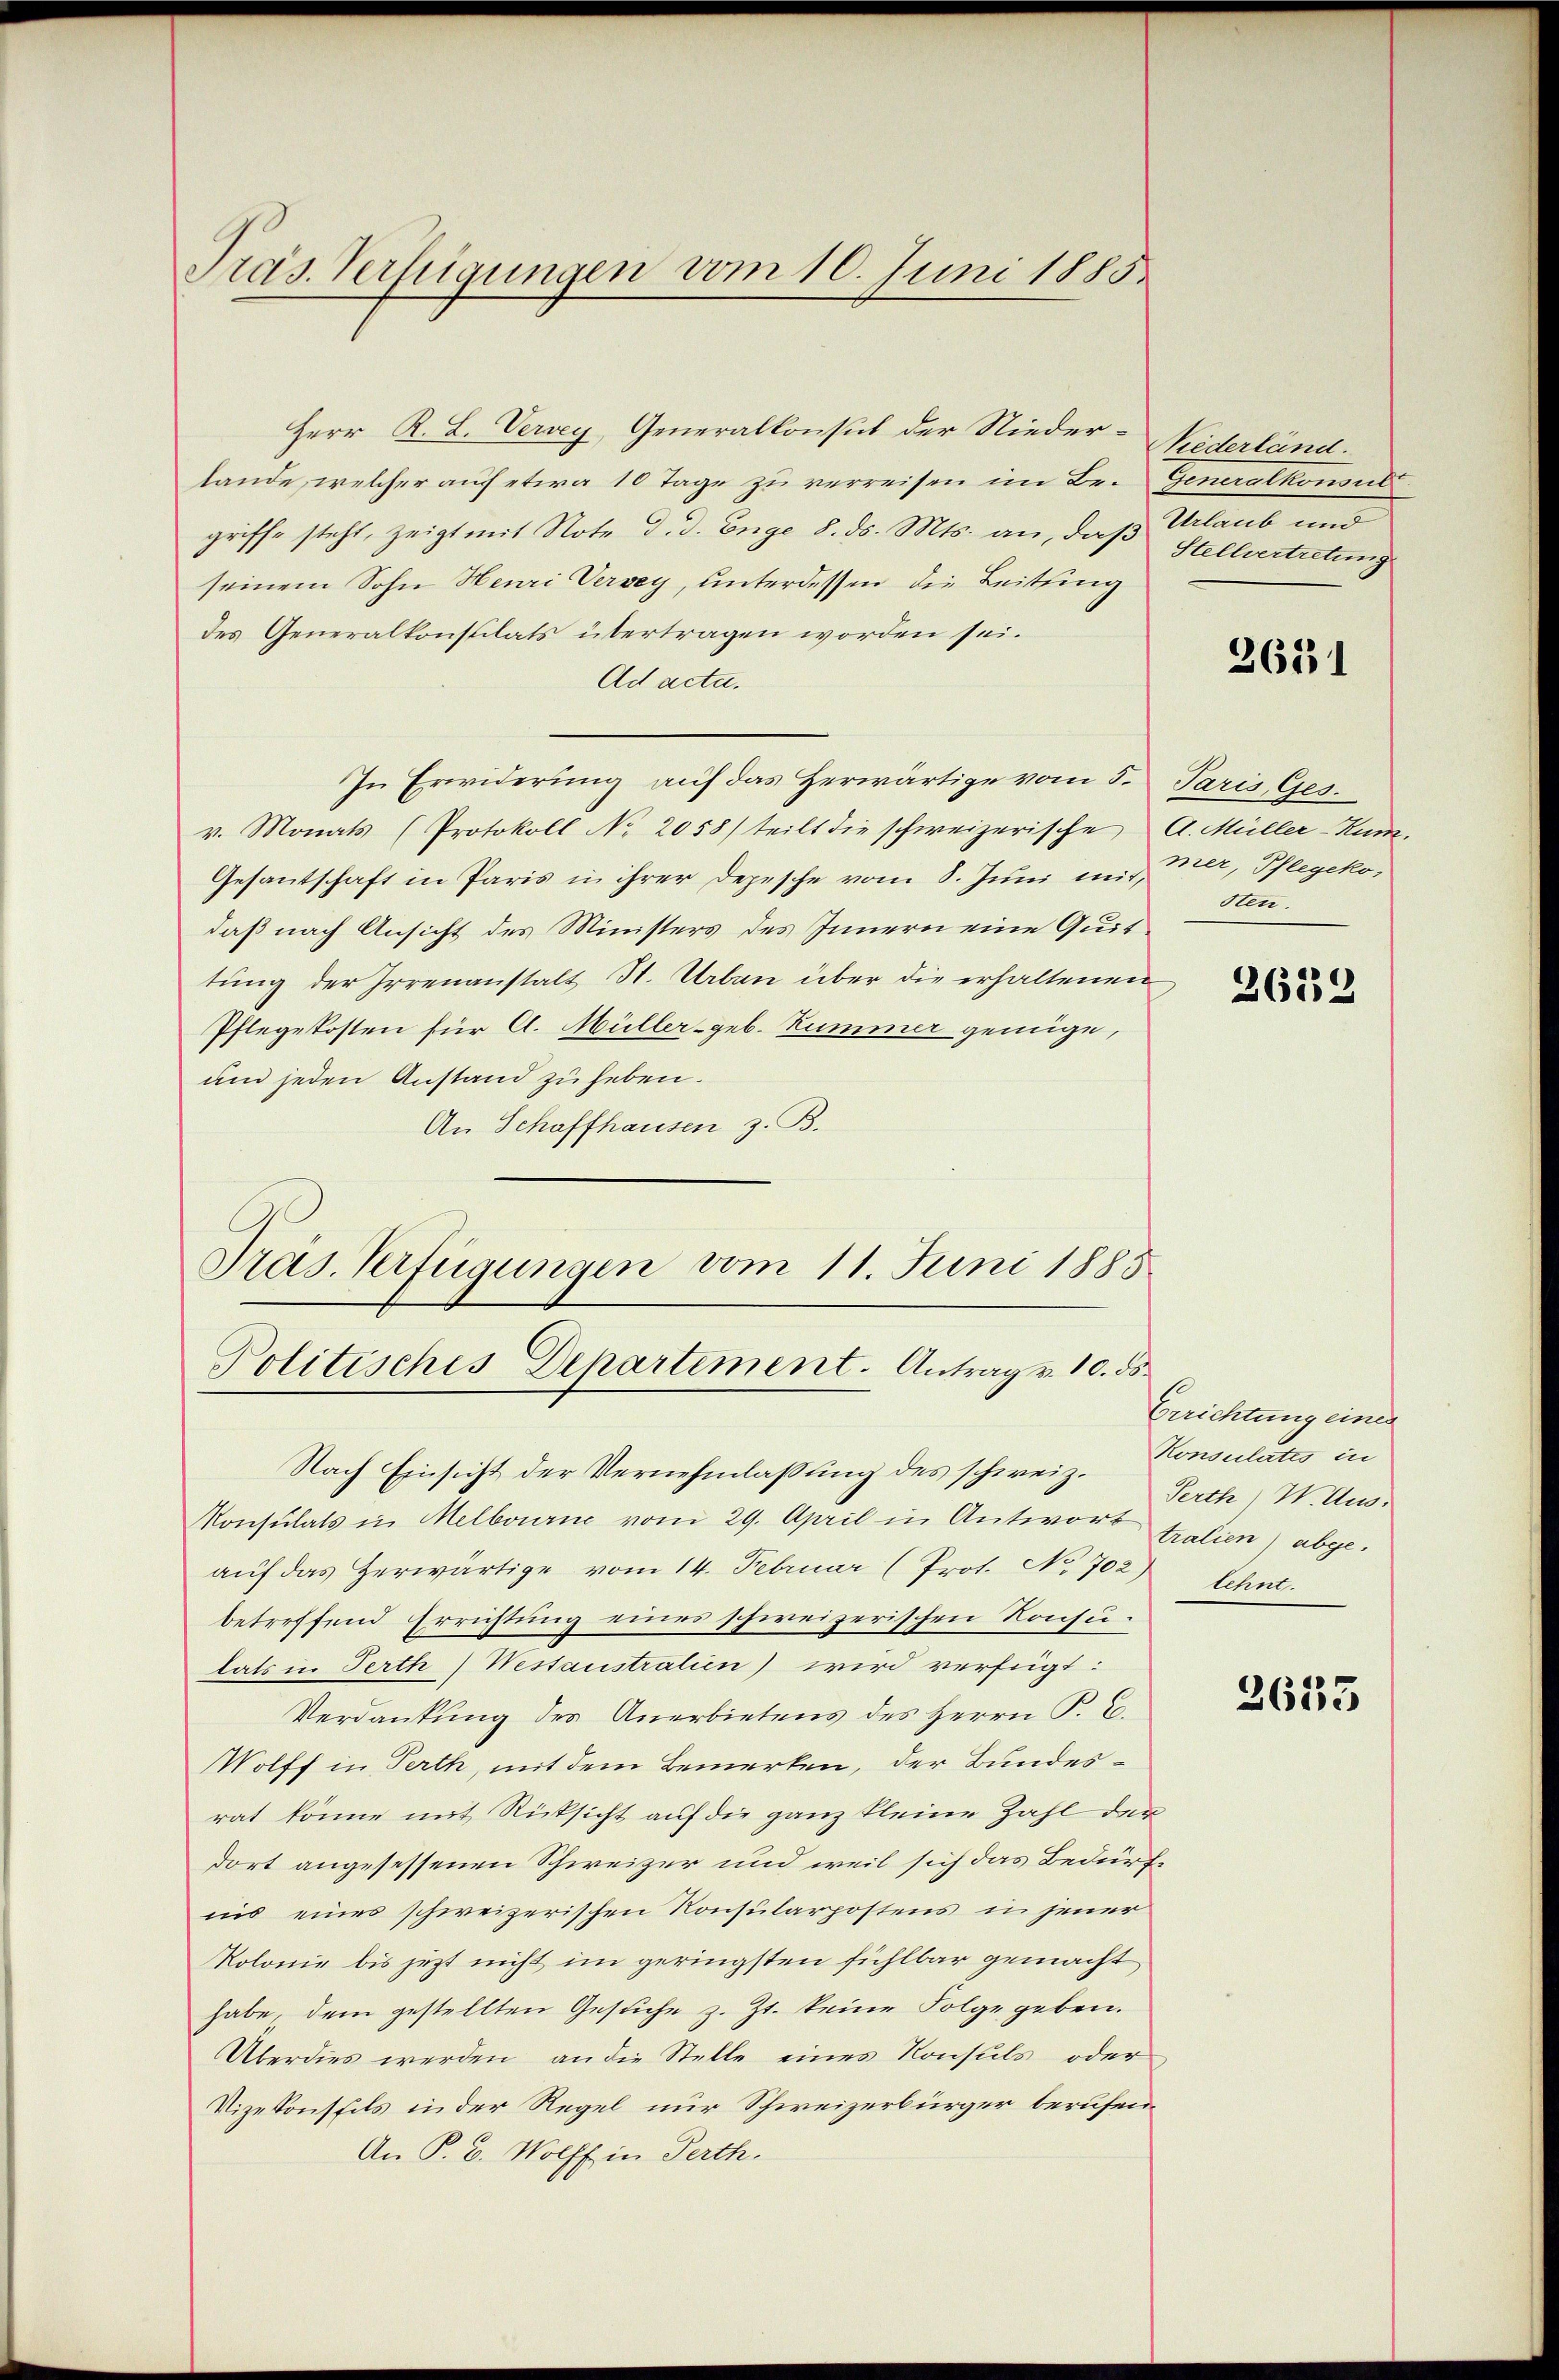
Präs. Verfügungen vom 10. Juni 1885

Herr K. L. Versey, Generalkonsul der Niederlande, welcher auf etwa 10 Tage zu verreisen im Begriffe steht, zeigt mit Note d. d. Enge 8. ds. Mts. an, daß
seinem Sohn Henri Versey, unterdessen die Leitung
des Generalkonsulats übertragen worden sei.
Ad acta.
In Erwiderung auf das Herwärtige vom 5. Paris Ges.
v. Monats (Protokoll No 2058/ teilt die schweizerische A. Müller-Kum¬
Gesantschaft in Paris in ihrer Depesche vom 8. Jŭni mir, der, Pflegeko
daß nach Ansicht des Ministers des Innern eine Quittung der Irrenanstalt St. Urban über die erhaltenen
Pflegekosten für A. Müller-geb. Kummer genüge,
um jeden Anstand zu heben.
An Schaffhausen z. B.
Präs. Verfügungen vom 11. Juni 1885
Politisches Departement. Antrag v. 10. ds.
Nach Einsicht der Vernehmlassung des schweiz.
Konsulats in Melbourne vom 29. April in Antwort tralien) abgeaŭf das herwärtige vom 14. Februar (Prot. No 702) lehnt
betreffend Errichtung eines schweizerischen Konsutats in Perth Westaustralien) wird verfügt:
Verdankŭng des Anerbietens des Herrn P. C.
Wolff in Perth, mit dem Bemerken, der Bundesrat könne mit Rücksicht auf die ganz kleine Zahl der
dort angesessenen Schweizer und weil sich das Bedürfnis eines schweizerischen Konsularpostens in jener
Kolonie bis jezt nicht im geringsten fühlbar gemacht
habe, dem gestellten Gesuche z. Zt. keine Folge geben.
Überdies werden, an die Stelle eines Konsuls oder
Vizekonsfels in der Regel nur Schweizerbürger berufen
An P. B. Wolff in Perth.

Niederländ.
Generalkonsul
Urlaub und
Stellvertretung

2631

sten.

2632

Errichtung einer
Konsulates in
Serth) W. Aus¬

2633